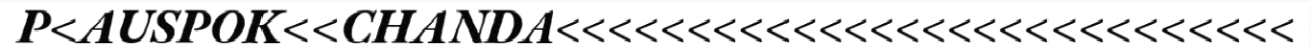
P<AUSPOK<<CHANDA<<<<<<<<<<<<<<<<<<<<<<<<<<<<